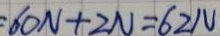
: 6 0 N + 2 N = 6 2 N